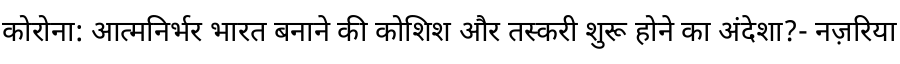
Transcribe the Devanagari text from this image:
कोरोना: आत्मनिर्भर भारत बनाने की कोशिश और तस्करी शुरू होने का अंदेशा?- नज़रिया